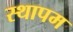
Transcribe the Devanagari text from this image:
स्थापम